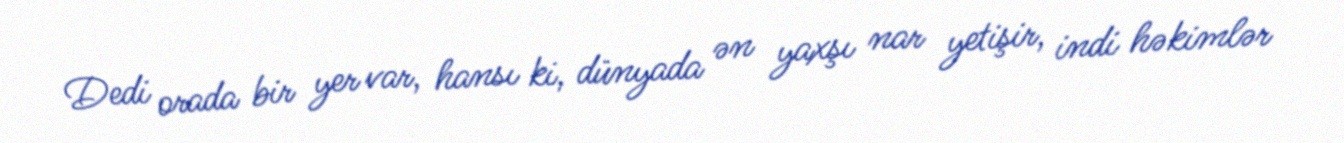
Dedi orada bir yer var, hansı ki, dünyada ən yaxşı nar yetişir, indi həkimlər